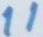
11